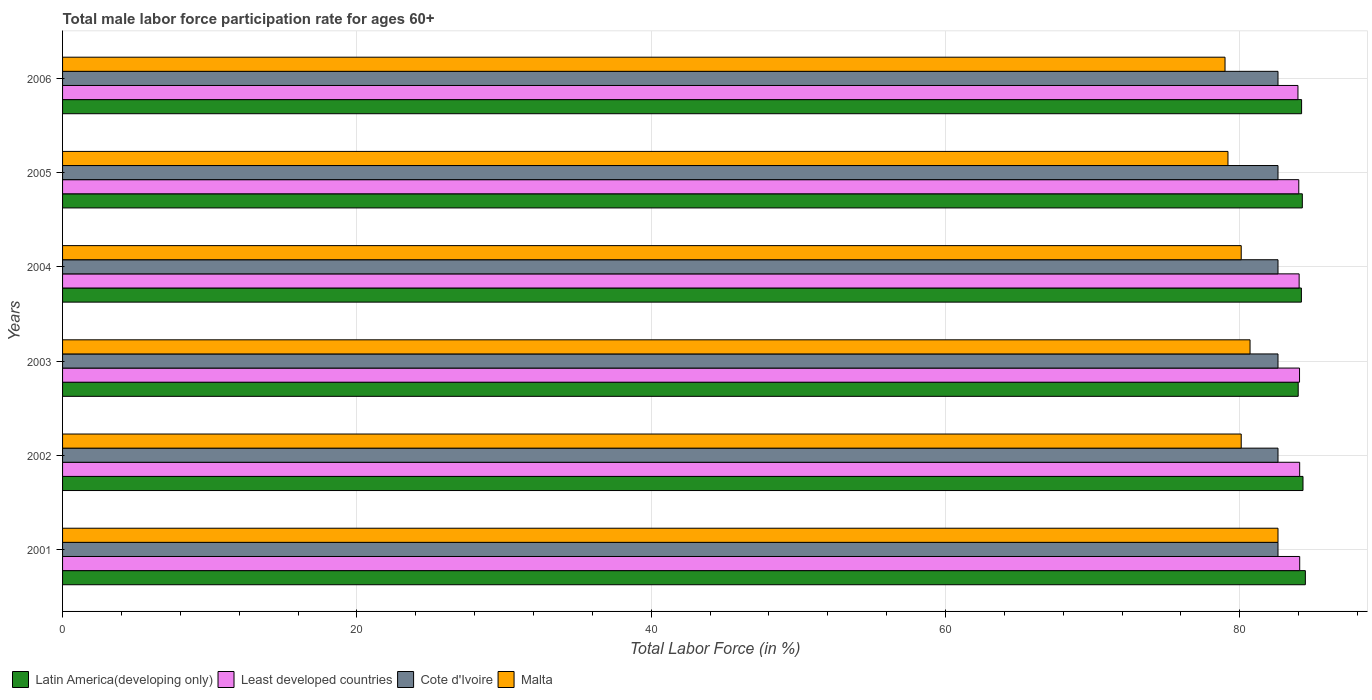
| Years | Latin America(developing only) | Least developed countries | Cote d'Ivoire | Malta |
 | --- | --- | --- | --- | --- |
 | 2001 | 84.5 | 84.1 | 82.6 | 82.6 |
 | 2002 | 84.3 | 84.1 | 82.6 | 80.1 |
 | 2003 | 84 | 84.1 | 82.6 | 80.7 |
 | 2004 | 84.2 | 84 | 82.6 | 80.1 |
 | 2005 | 84.3 | 84 | 82.6 | 79.2 |
 | 2006 | 84.2 | 84 | 82.6 | 79 |